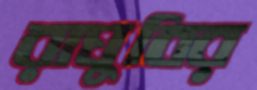
রাঘুবির